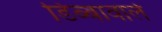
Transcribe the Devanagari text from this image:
डिब्बावाले